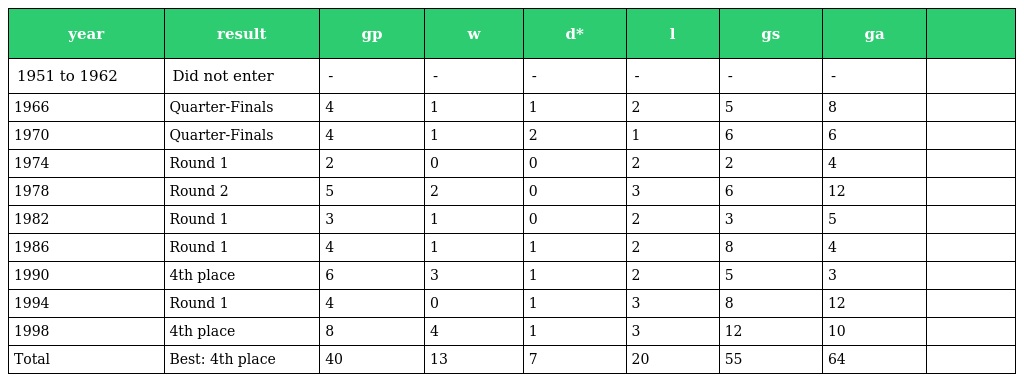
| year | result | gp | w | d* | l | gs | ga |  |
 | --- | --- | --- | --- | --- | --- | --- | --- | --- |
 | 1951 to 1962 | Did not enter | - | - | - | - | - | - |  |
 | 1966 | Quarter-Finals | 4 | 1 | 1 | 2 | 5 | 8 |  |
 | 1970 | Quarter-Finals | 4 | 1 | 2 | 1 | 6 | 6 |  |
 | 1974 | Round 1 | 2 | 0 | 0 | 2 | 2 | 4 |  |
 | 1978 | Round 2 | 5 | 2 | 0 | 3 | 6 | 12 |  |
 | 1982 | Round 1 | 3 | 1 | 0 | 2 | 3 | 5 |  |
 | 1986 | Round 1 | 4 | 1 | 1 | 2 | 8 | 4 |  |
 | 1990 | 4th place | 6 | 3 | 1 | 2 | 5 | 3 |  |
 | 1994 | Round 1 | 4 | 0 | 1 | 3 | 8 | 12 |  |
 | 1998 | 4th place | 8 | 4 | 1 | 3 | 12 | 10 |  |
 | Total | Best: 4th place | 40 | 13 | 7 | 20 | 55 | 64 |  |